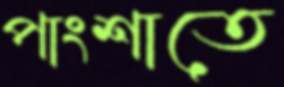
পাংশাতে